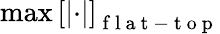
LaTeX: \operatorname*{max}\left[\left|\cdot\right|\right]_{\mathrm{~f~l~a~t~-~t~o~p~}}